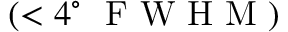
( < 4 ^ { \circ } \ \textrm { F W H M } )